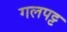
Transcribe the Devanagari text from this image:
गलपट्ट